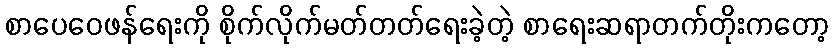
စာပေဝေဖန်ရေးကို စိုက်လိုက်မတ်တတ်ရေးခဲ့တဲ့ စာရေးဆရာတက်တိုးကတော့